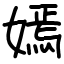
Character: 嫣